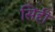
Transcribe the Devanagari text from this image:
सिंही